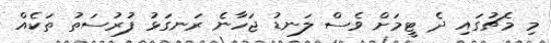
މި މެޗުގައި ދެ ޓީމަށް ވެސް ލަނޑު ޖަހާނެ ރަނގަޅު ފުރުސަތު ތަކެއް